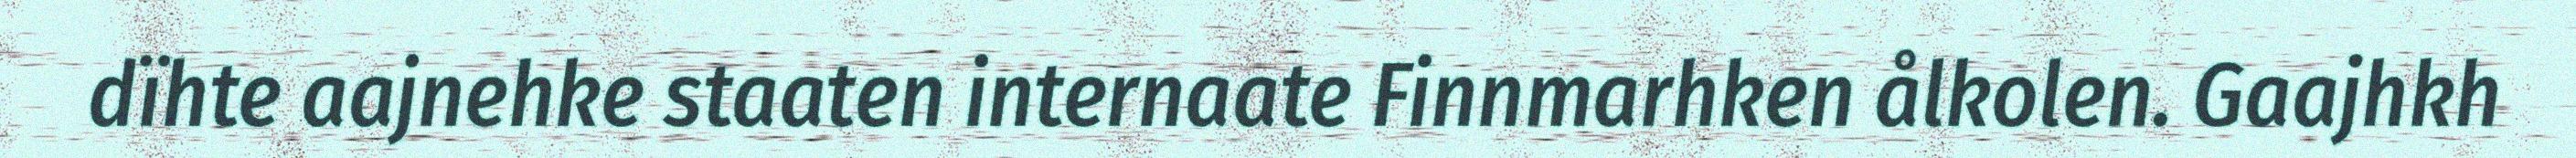
dïhte aajnehke staaten internaate Finnmarhken ålkolen. Gaajhkh